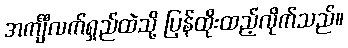
အင်္ကျီလက်ရှည်ထဲသို့ ပြန်ထိုးထည့်လိုက်သည်။